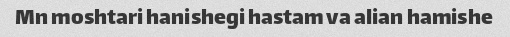
Mn moshtari hanishegi hastam va alian hamishe